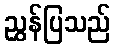
ညွှန်ပြသည်